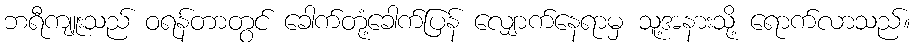
ဘရီကျူးသည် ဝရန်တာတွင် ခေါက်တုံ့ခေါက်ပြန် လျှောက်နေရာမှ သူ့အနားသို့ ရောက်လာသည်။